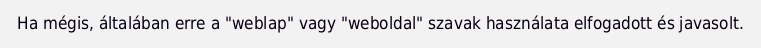
Ha mégis, általában erre a "weblap" vagy "weboldal" szavak használata elfogadott és javasolt.